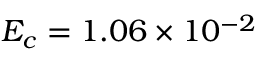
E _ { c } = 1 . 0 6 \times 1 0 ^ { - 2 }